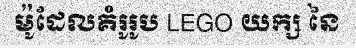
ម៉ូដែលគំរូរូប LEGO យក្ស នៃ